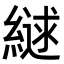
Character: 𮈹